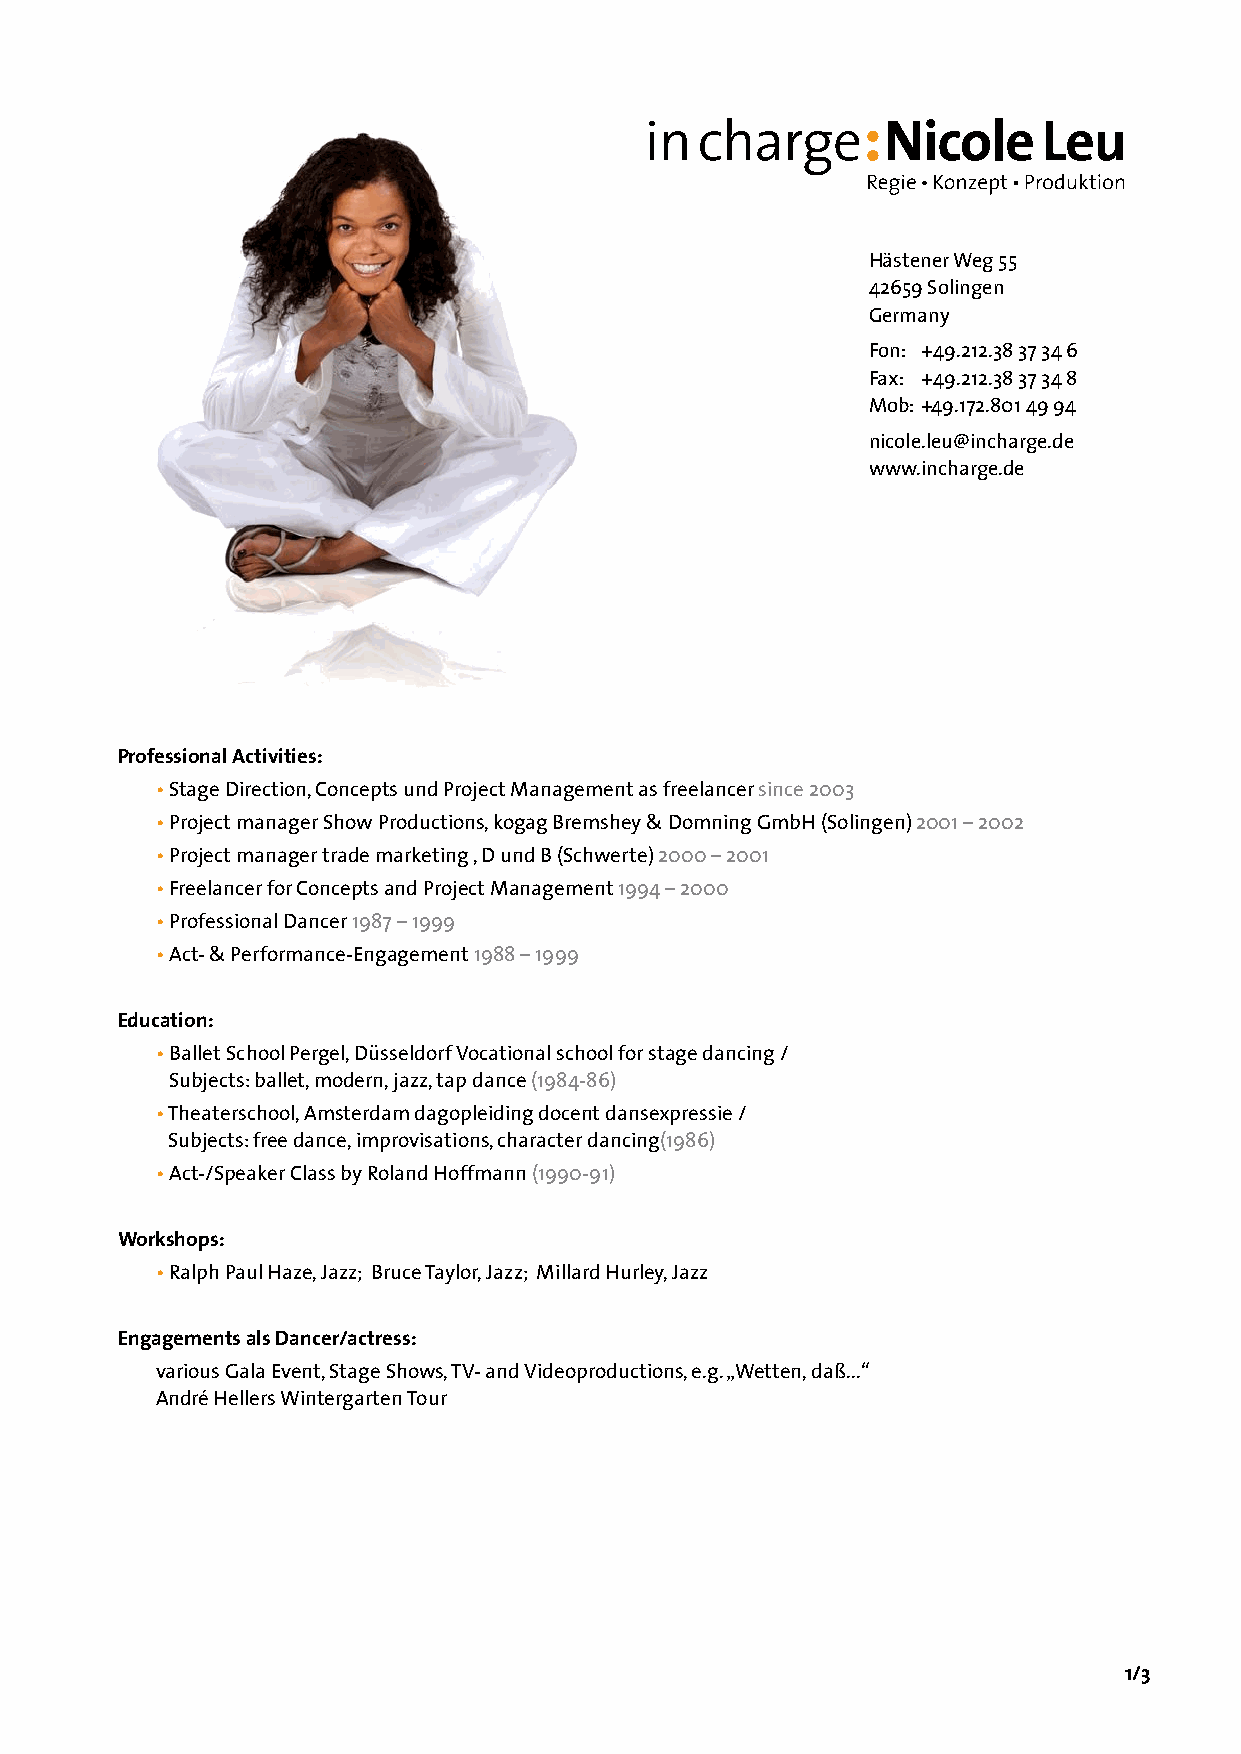
Hästener Weg 55
 42659 Solingen
 Germany
 Fon: +49.212.38 37 34 6
 Fax: +49.212.38 37 34 8
 Mob: +49.172.801 49 94
 nicole.leu@incharge.de
 www.incharge.de
 Professional Activities:
 • Stage Direction, Concepts und Project Management as freelancer since 2003
 • Project manager Show Productions, kogag Bremshey & Domning GmbH (Solingen) 2001 – 2002
 • Project manager trade marketing , D und B (Schwerte) 2000 – 2001
 • Freelancer for Concepts and Project Management 1994 – 2000
 • Professional Dancer 1987 – 1999
 • Act- & Performance-Engagement 1988 – 1999
 Education:
 •  Ballet School Pergel, Düsseldorf Vocational school for stage dancing /
 Subjects: ballet, modern, jazz, tap dance (1984-86)
 • Theaterschool, Amsterdam dagopleiding docent dansexpressie /
 Subjects: free dance, improvisations, character dancing(1986)
 • Act-/Speaker Class by Roland Hoffmann (1990-91)
 Workshops:
 • Ralph Paul Haze, Jazz; Bruce Taylor, Jazz; Millard Hurley, Jazz
 Engagements als Dancer/actress:
 various Gala Event, Stage Shows, TV- and Videoproductions, e.g. „Wetten, daß...“
 André Hellers Wintergarten Tour
 1/3